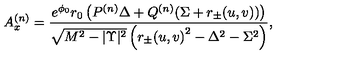
A _ { x } ^ { ( n ) } = { \frac { e ^ { { \phi _ { 0 } } } r _ { 0 } \left( { P ^ { ( n ) } } { \Delta } + { Q ^ { ( n ) } } ( \Sigma + r _ { \pm } ( u , v ) ) \right) } { { \sqrt { { M ^ { 2 } } - { | \Upsilon | ^ { 2 } } } } \left( { { r _ { \pm } ( u , v ) } ^ { 2 } } - { { { \Delta } } ^ { 2 } } - { \Sigma ^ { 2 } } \right) } } ,